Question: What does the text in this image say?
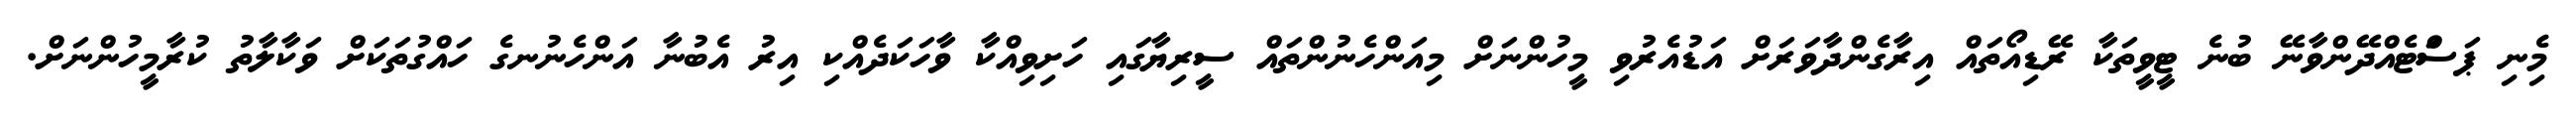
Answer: މިެނި ޕަސަްޓެއްދޭންވާނޭ ބުނެ ޓީވީތަކާ ރޭޑިއޯތައް އިރާގެންދާވަރަށް އަޑުއެރުވި މީހުންނަށް މިއަންހެނުންތައް ސީރިޔާގައި ހަށިވިއްކާ ވާހަކަދެއްކި އިރު އެބުނާ އަންހެނުނގެ ހައްގުތަކަށް ވަކާލާތު ކުރާމީހުންނަށް.